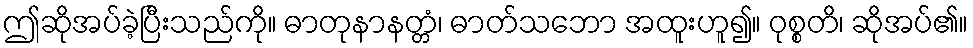
ဤဆိုအပ်ခဲ့ပြီးသည်ကို။ ဓာတုနာနတ္တံ၊ ဓာတ်သဘော အထူးဟူ၍။ ဝုစ္စတိ၊ ဆိုအပ်၏။